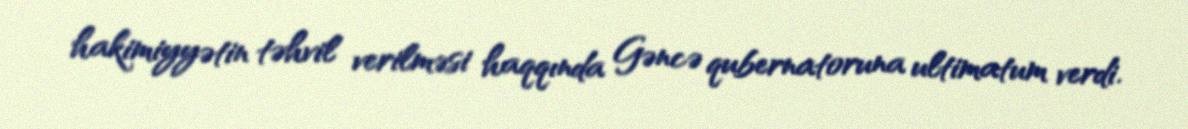
hakimiyyətin təhvil verilməsi haqqında Gəncə qubernatoruna ultimatum verdi.